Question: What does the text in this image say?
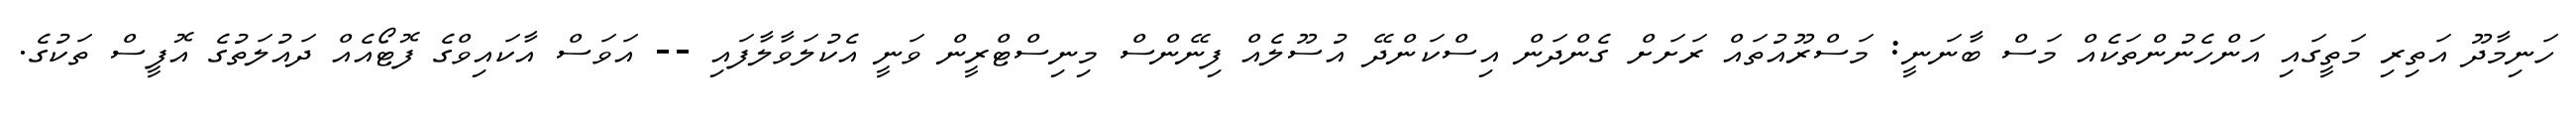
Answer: ހަނިމާދޫ އަތިރި މަތީގައި އަންހެނުންތަކެއް މަސް ބާނަނީ: މަސްރޫއުތައް ރަށަށް ގެންދަން އިސްކަންދޭ އުސޫލެއް ފިނޭންސް މިނިސްޓްރީން ވަނީ އެކުލަވާލާފައި -- އަވަސް އާކައިވްގެ ފޮޓޯއެއް ދައުލަތުގެ އޮފީސް ތަކުގެ.